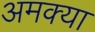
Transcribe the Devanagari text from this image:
अमक्या